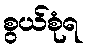
စွယ်စုံရ